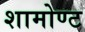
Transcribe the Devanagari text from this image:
शामोण्ट